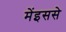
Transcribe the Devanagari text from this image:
मेंइससे